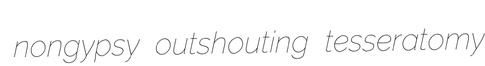
nongypsy outshouting tesseratomy